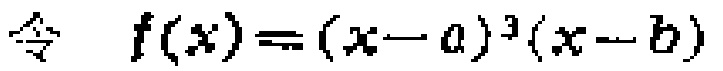
令 \(f(x)=(x - a)^3(x - b)\)